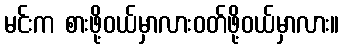
မင်းက စားဖို့ဝယ်မှာလားဝတ်ဖို့ဝယ်မှာလား။